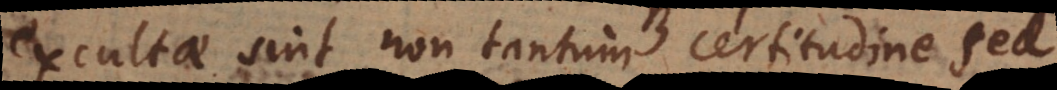
excultae sint non tantum certitudine sed